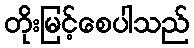
တိုးမြင့်စေပါသည်